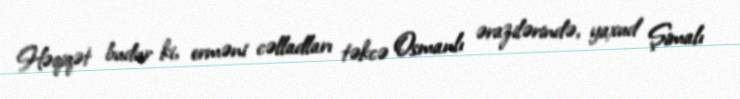
Həqiqət budur ki, erməni cəlladları təkcə Osmanlı ərazilərində, yaxud Şimalı